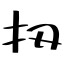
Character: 扨